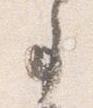
事